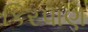
કિરપાણ